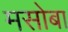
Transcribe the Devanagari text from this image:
मसोबा